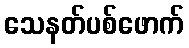
သေနတ်ပစ်ဖောက်